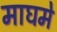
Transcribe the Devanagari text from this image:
माघमे